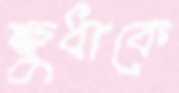
ক্ষুধাকে